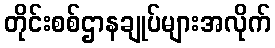
တိုင်းစစ်ဌာနချုပ်များအလိုက်